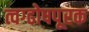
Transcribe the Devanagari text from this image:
त्वग्ढोषपूरक